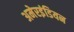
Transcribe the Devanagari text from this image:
अमेरइंडियन